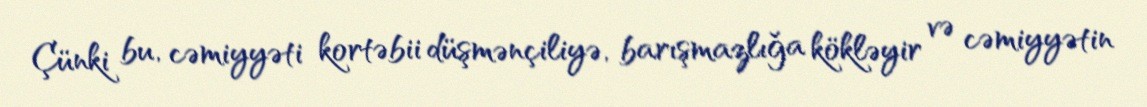
Çünki bu, cəmiyyəti kortəbii düşmənçiliyə, barışmazlığa kökləyir və cəmiyyətin